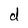
Character: d